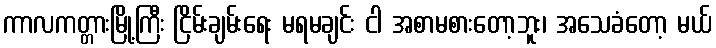
ကာလကတ္တားမြို့ကြီး ငြိမ်းချမ်းရေး မရမချင်း ငါ အစာမစားတော့ဘူး၊ အသေခံတော့ မယ်